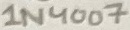
Text: 1N4007